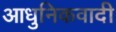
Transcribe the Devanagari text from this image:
आधुनिकवादी